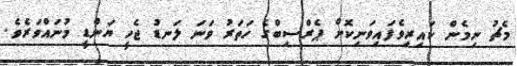
މެޗު ނިމެން ކައިރިވެފައިވަނިކޮށް ޕެރްސިބްގެ ހަތަރު ވަނަ ލަނޑު ޖެހީ ޔަންޑީ މުނައްވަރެވެ.